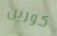
كورين